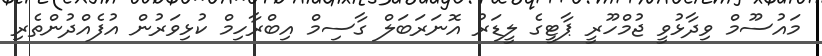
މައުސޫމް ވިދާޅުވީ ޖުމްހޫރީ ޕާޓީގެ ލީޑަރު އޮނަރަބަލް ގާސިމް އިބްރާހިމް ކުޅިވަރުން އުފެއްދުންތެރި